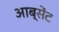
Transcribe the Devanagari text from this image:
आब्सेंट